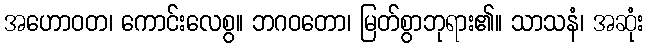
အဟောဝတ၊ ကောင်းလေစွ။ ဘဂဝတော၊ မြတ်စွာဘုရား၏။ သာသနံ၊ အဆုံး